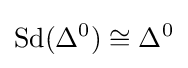
\operatorname {Sd} (\Delta ^{0})\cong \Delta ^{0}